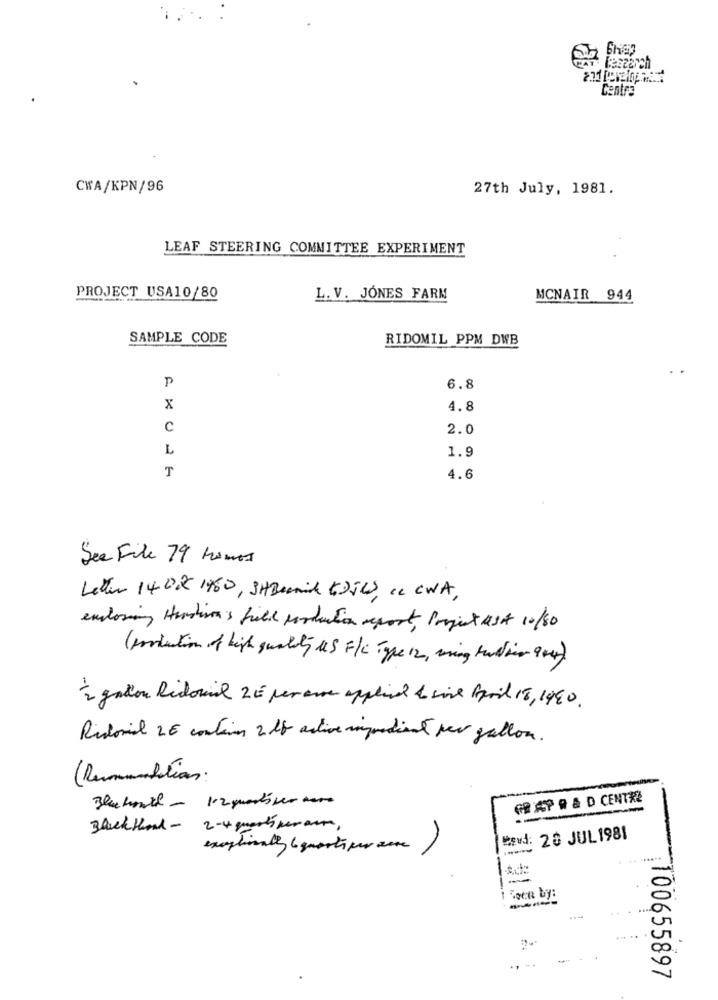
Centre
CWA/KPN/96
27th July, 1981.
LEAF STEERING COMMITTEE EXPERIMENT
PROJECT USA10/80
L. V. JONES FARM
MCNAIR 944
SAMPLE CODE
RIDOMIL PPM DWB
P
6.8
x
4.8
C
2.0
L
1.9
T
4.6
See File 79 homes
Letter 14 Dx 1960, 3HBenik tDELS, " CWA,
enclosing Honduras field porduction report, Project 1st 10/80
( production of high quality us F/C Type 12, ming tuabbia 904).
2 gallon Ridorial ZE per are applied & sine April 18, 1980 .
Ridorial 26 contains 2 db active ingredient per gallon.
(Remambition.
GRAP R& D CENTRE
Blacktool - 2-4 mars peraus,
Band: 28 JUL 1981
8
---
100655897